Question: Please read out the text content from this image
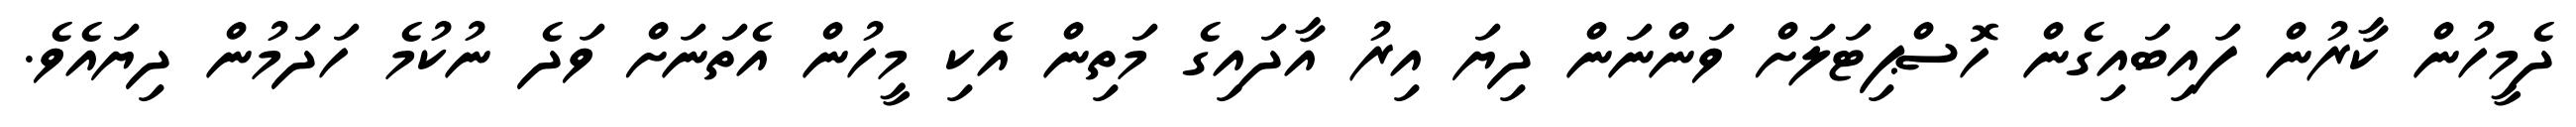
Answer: ދެމީހުން ކާރުން ފައިބައިގެން ހޮސްޕިޓަލަށް ވަންނަން ދިޔަ އިރު އާދައިގެ މަތިން އެކި މީހުން އެތަނަށް ވަދެ ނުކުމެ ހަދަމުން ދިޔައެވެ.